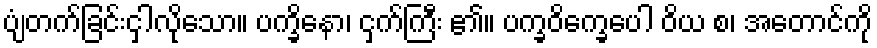
ပျံတက်ခြင်းငှါလိုသော။ ပက္ခိနော၊ ငှက်ကြီး ၏။ ပက္ခဝိက္ခေပေါ ဝိယ စ၊ အတောင်ကို